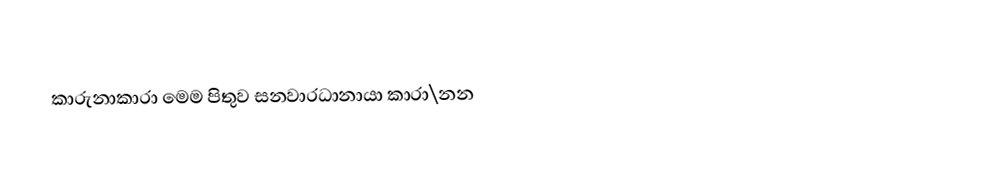
කාරුනාකාරා මෙම පිතුව සනවාරධානායා කාරා\නන